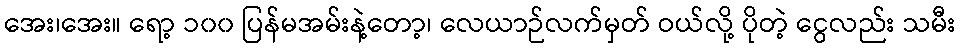
အေး၊အေး။ ရော့ ၁၀၀ ပြန်မအမ်းနဲ့တော့၊ လေယာဉ်လက်မှတ် ဝယ်လို့ ပိုတဲ့ ငွေလည်း သမီး